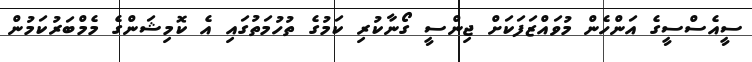
ސީއެސްސީގެ އަންހެން މުވައްޒަފަކަށް ޖިންސީ ގޯނާކުރި ކަމުގެ ތުހުމަތުގައި އެ ކޮމިޝަންގެ މެމްބަރުކަމުން